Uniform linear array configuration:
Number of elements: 32
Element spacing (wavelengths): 0.25
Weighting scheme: hamming
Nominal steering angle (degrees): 30
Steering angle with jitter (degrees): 30.345
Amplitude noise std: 0.05
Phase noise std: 0.05

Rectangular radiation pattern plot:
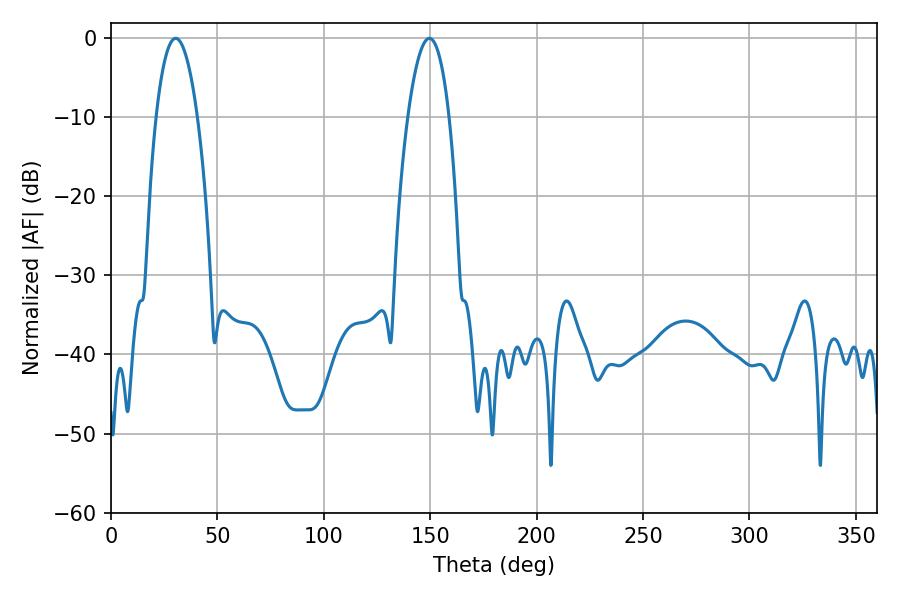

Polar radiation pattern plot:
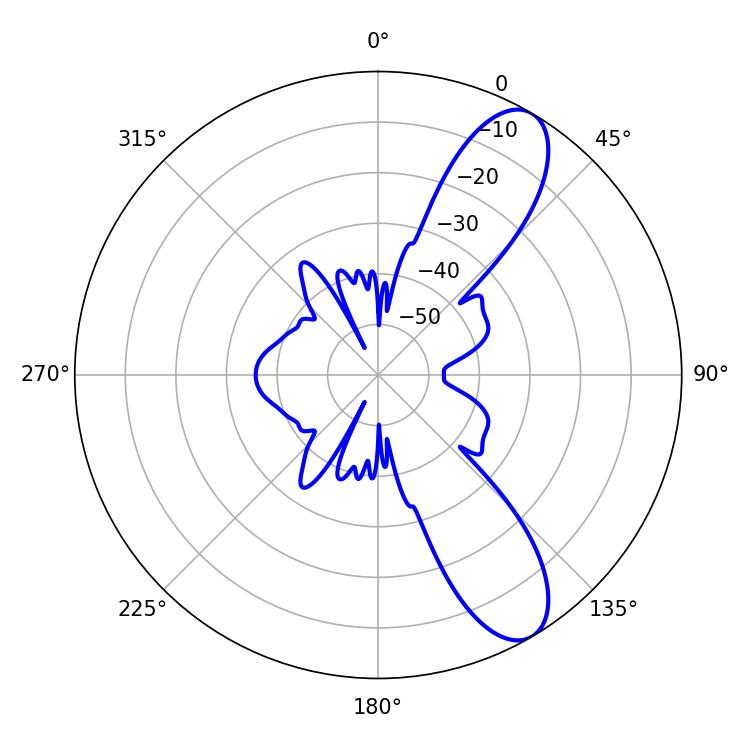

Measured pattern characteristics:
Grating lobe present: FALSE
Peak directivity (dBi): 9.909
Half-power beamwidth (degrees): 10.8
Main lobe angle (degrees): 30.42